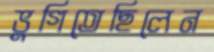
ভুগিতেছিলেন